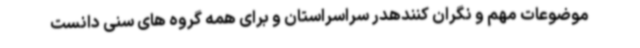
موضوعات مهم و نگران کنندهدر سراسراستان و برای همه گروه های سنی دانست